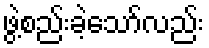
ဖွဲ့စည်းခဲ့သော်လည်း